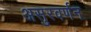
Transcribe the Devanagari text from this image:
असुरवर्णन